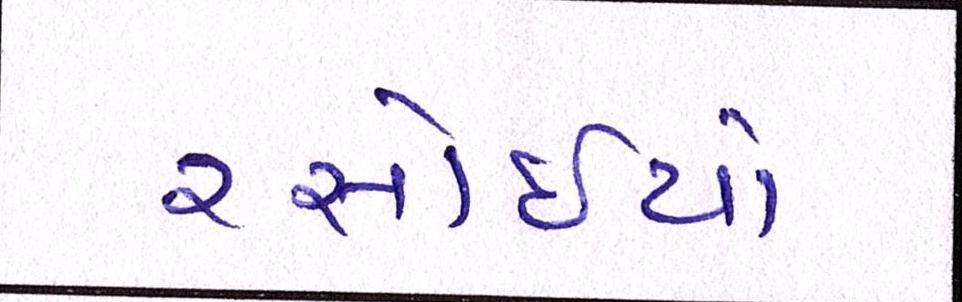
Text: રસોઈયો